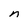
Character: n